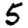
Digit: 5